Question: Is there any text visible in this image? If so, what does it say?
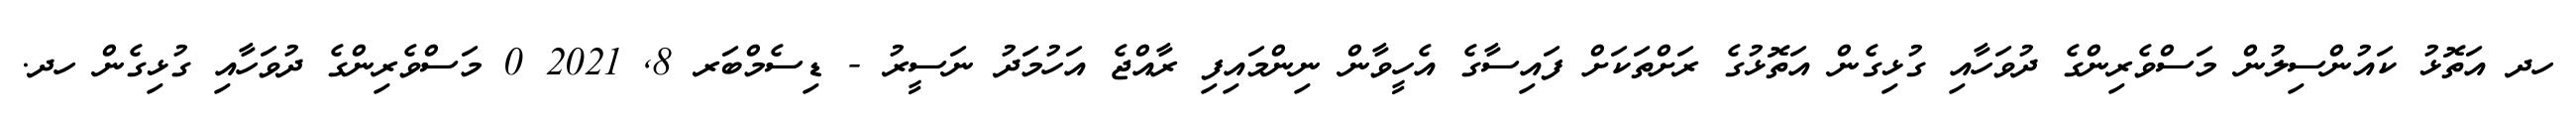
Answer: ހދ އަތޮޅު ކައުންސިލުން މަސްވެރިންގެ ދުވަހާއި ގުޅިގެން އަތޮޅުގެ ރަށްތަކަށް ފައިސާގެ އެހީވާން ނިންމައިފި ރާއްޖެ އަހުމަދު ނަސީރު - ޑިސެމްބަރ 8, 2021 0 މަސްވެރިންގެ ދުވަހާއި ގުޅިގެން ހދ.